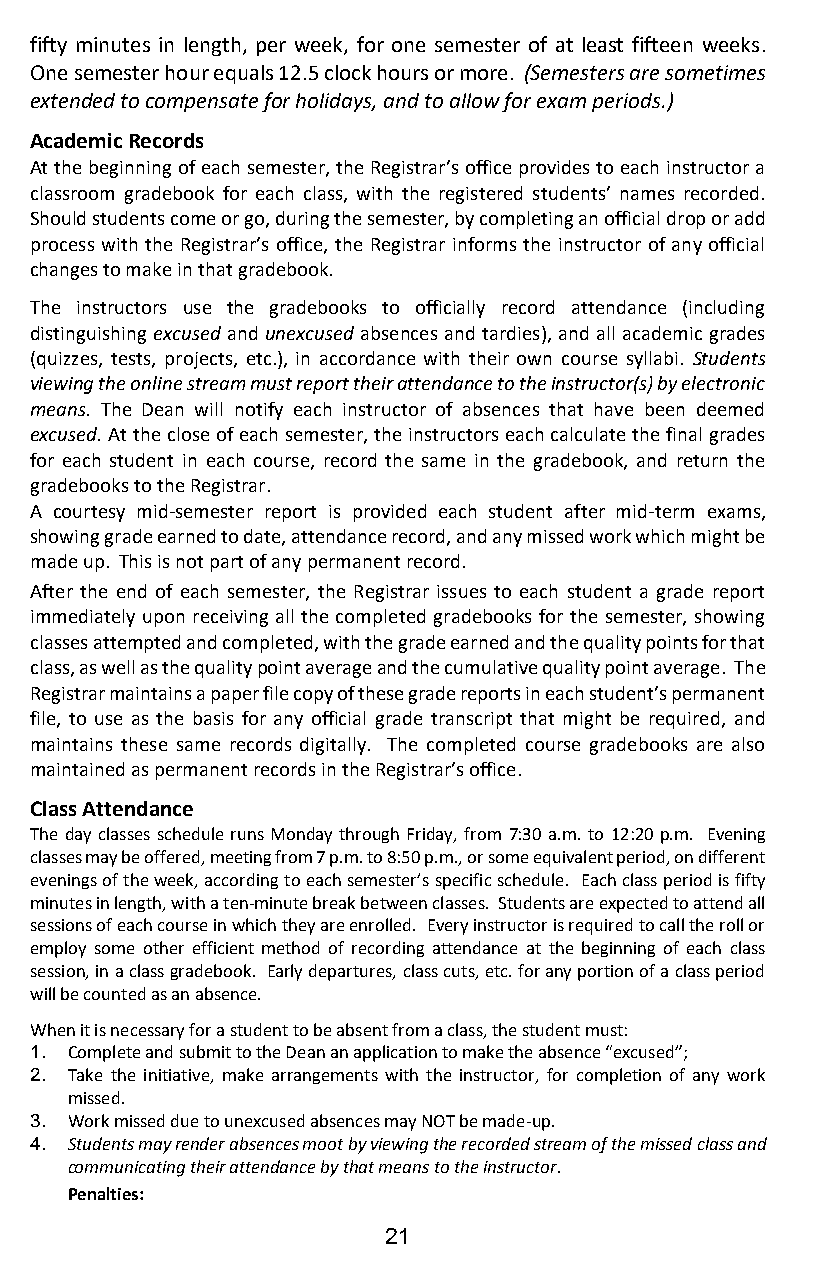
fifty minutes in length, per week, for one semester of at least fifteen weeks.
 One semester hour equals 12.5 clock hours or more. (Semesters are sometimes
 extended to compensate for holidays, and to allow for exam periods.)
 Academic Records
 At the beginning of each semester, the Registrar’s office provides to each instructor a
 classroom gradebook for each class, with the registered students’ names recorded.
 Should students come or go, during the semester, by completing an official drop or add
 process with the Registrar’s office, the Registrar informs the instructor of any official
 changes to make in that gradebook.
 The instructors use the gradebooks to officially record attendance (including
 distinguishing excused and unexcused absences and tardies), and all academic grades
 (quizzes, tests, projects, etc.), in accordance with their own course syllabi. Students
 viewing the online stream must report their attendance to the instructor(s) by electronic
 means. The Dean will notify each instructor of absences that have been deemed
 excused. At the close of each semester, the instructors each calculate the final grades
 for each student in each course, record the same in the gradebook, and return the
 gradebooks to the Registrar.
 A courtesy mid-semester report is provided each student after mid-term exams,
 showing grade earned to date, attendance record, and any missed work which might be
 made up. This is not part of any permanent record.
 After the end of each semester, the Registrar issues to each student a grade report
 immediately upon receiving all the completed gradebooks for the semester, showing
 classes attempted and completed, with the grade earned and the quality points for that
 class, as well as the quality point average and the cumulative quality point average. The
 Registrar maintains a paper file copy of these grade reports in each student’s permanent
 file, to use as the basis for any official grade transcript that might be required, and
 maintains these same records digitally. The completed course gradebooks are also
 maintained as permanent records in the Registrar’s office.
 Class Attendance
 The day classes schedule runs Monday through Friday, from 7:30 a.m. to 12:20 p.m. Evening
 classes may be offered, meeting from 7 p.m. to 8:50 p.m., or some equivalent period, on different
 evenings of the week, according to each semester’s specific schedule. Each class period is fifty
 minutes in length, with a ten-minute break between classes. Students are expected to attend all
 sessions of each course in which they are enrolled. Every instructor is required to call the roll or
 employ some other efficient method of recording attendance at the beginning of each class
 session, in a class gradebook. Early departures, class cuts, etc. for any portion of a class period
 will be counted as an absence.
 When it is necessary for a student to be absent from a class, the student must:
 1. Complete and submit to the Dean an application to make the absence “excused”;
 2. Take the initiative, make arrangements with the instructor, for completion of any work
 missed.
 3. Work missed due to unexcused absences may NOT be made-up.
 4. Students may render absences moot by viewing the recorded stream of the missed class and
 communicating their attendance by that means to the instructor.
 Penalties:
 21